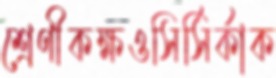
শ্রেণীকক্ষওসির্‌সির্‌কাক